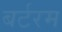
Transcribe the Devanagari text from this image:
बर्टरम